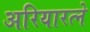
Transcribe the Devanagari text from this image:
अरियारत्ने